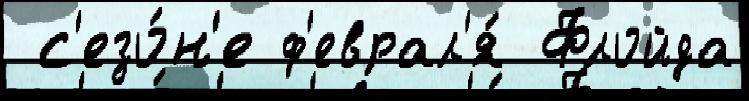
 с'езо́н'е ф'еврал'я́ Флойда